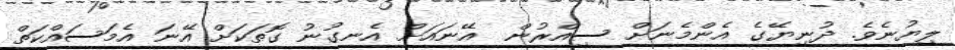
ލިޔުނެވެ. ދުނިޔޭގެ އެންމެނަށް ސިއްރުން  އޭނައަށް އެނގުނު ގޮތަކަށް އޭނަ އެމަސައްކަތް